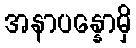
အနာပန္နောမှိ